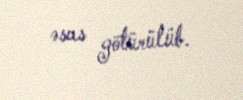
əsas götürülüb.